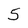
Character: 5